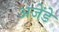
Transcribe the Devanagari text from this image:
अजेंडे